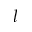
l